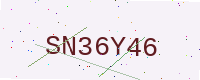
Text: SN36Y46